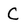
Character: c